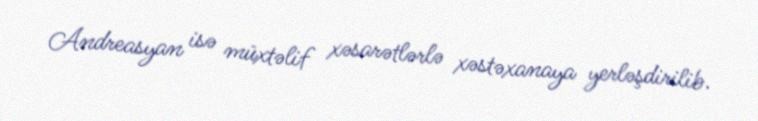
Andreasyan isə müxtəlif xəsarətlərlə xəstəxanaya yerləşdirilib.